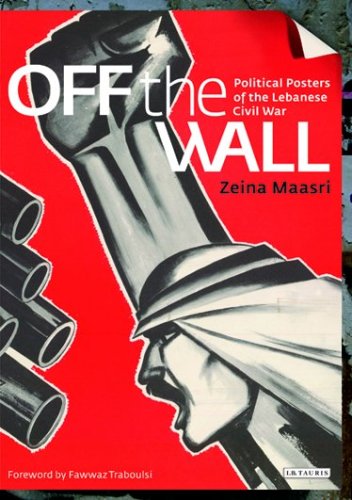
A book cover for Off the Wall: Political Posters of the Lebanese Civil War; Zeina Maasri; History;